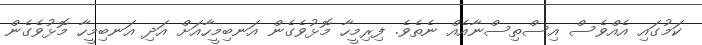
ކަމުގައި އެއްވެސް އިސްތިސްނާއެއް ނެތެވެ. ފިރިމީހާ މޮޅުވެގެން އަނބިމީހާއަށް އަދި އަނބިމީހާ މޮޅުވެގެން